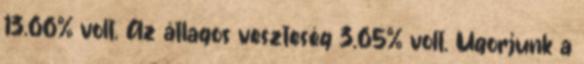
13.66% volt. Az átlagos veszteség 3.65% volt. Ugorjunk a